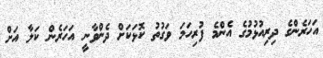
އަހަރެންގެ ދިރިއުޅުމުގެ އެންމެ ފުރިހަމަ ވަގުތު ކޮޅަކަށް ދެންވާނީ އަހަރެން ކަލާ އަށް